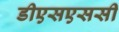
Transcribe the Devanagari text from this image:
डीएसएससी